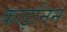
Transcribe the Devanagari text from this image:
काइनिन